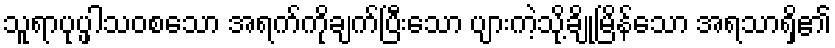
သူရာပုပ္ဖါသဝစသော အရက်ကိုချက်ပြီးသော ပျားကဲ့သို့ချိုမြိန်သော အရသာရှိ၏